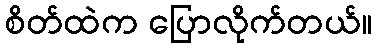
စိတ်ထဲက ပြောလိုက်တယ်။